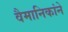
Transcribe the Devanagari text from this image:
वैमानिकांने